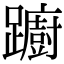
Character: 躕